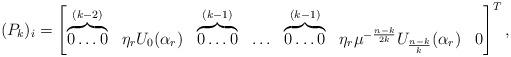
LaTeX: \begin{align*}(P_k)_i=\begin{bmatrix}\overbrace{0 \ldots 0}^{(k-2)} & \eta_r U_0(\alpha_r) & \overbrace{0 \ldots 0}^{(k-1)} & \ldots & \overbrace{0 \ldots 0}^{(k-1)} & \eta_r \mu^{-\frac{n-k}{2k}} U_{\frac{n-k}{k}}(\alpha_r) & 0\end{bmatrix}^{T}, \end{align*}